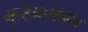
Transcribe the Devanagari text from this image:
गुन्हेअन्वेषण